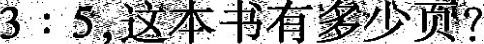
3:5，这本书有多少页？